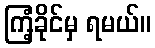
ကြံ့ခိုင်မှ ရမယ်။